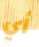
أي